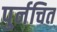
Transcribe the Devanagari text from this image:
पुर्नचित